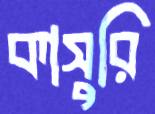
কাসুরি